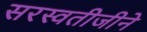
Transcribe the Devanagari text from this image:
सरस्वतीजीने